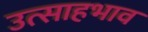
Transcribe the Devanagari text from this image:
उत्साहभाव